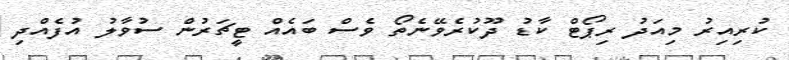
ކުރިއިރު މިއަދު ރިޕޯޓް ކާޑު ދޫކުރެވޭނެތޯ ވެސް ބައެއް ޓީޗަރުން ސުވާލު އުފެެއްދި